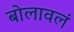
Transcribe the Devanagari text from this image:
बोलावलं